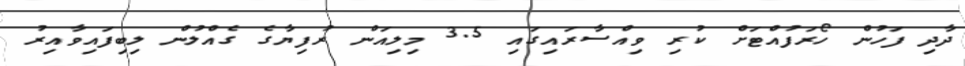
ދާދި ފަހުން ހޯރަފުއްޓަށް ކުރި ވިއްސާރައިގައި 3.5 މިލިއަން ރުފިޔާގެ ގެއްލުން ލިބިފައިވާއިރު